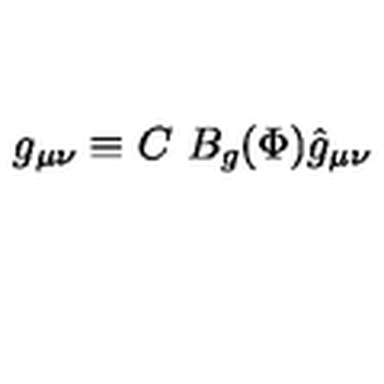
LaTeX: g _ { \mu \nu } \equiv C \ B _ { g } ( \Phi ) \hat { g } _ { \mu \nu }